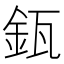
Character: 𨥯